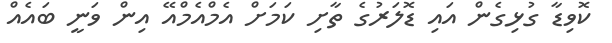
ކޮވިޑާ ގުޅިގެން އައި ޑޮލަރުގެ ތާށި ކަމަށް އެމްއެމްއޭ އިން ވަނީ ބައެއް